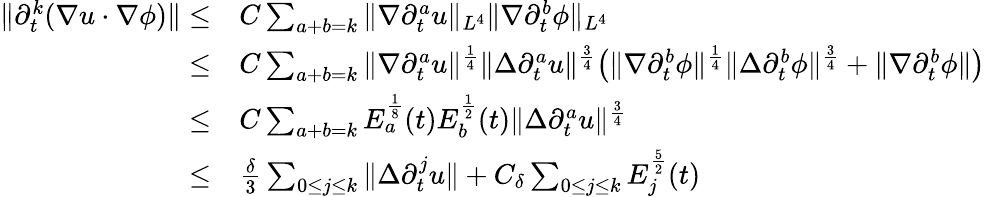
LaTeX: \begin{array}{rl}{\| \partial_{t}^{k}(\nabla u\cdot\nabla\phi)\| \leq}&{C\sum_{a+b=k}\| \nabla\partial_{t}^{a}u\| _{L^{4}}\| \nabla\partial_{t}^{b}\phi\| _{L^{4}}}\\ {\leq}&{C\sum_{a+b=k}\| \nabla\partial_{t}^{a}u\| ^{\frac{1}{4}}\| \Delta\partial_{t}^{a}u\| ^{\frac{3}{4}}\big(\| \nabla\partial_{t}^{b}\phi\| ^{\frac{1}{4}}\| \Delta\partial_{t}^{b}\phi\| ^{\frac{3}{4}}+\| \nabla\partial_{t}^{b}\phi\| \big)}\\ {\leq}&{C\sum_{a+b=k}E_{a}^{\frac{1}{8}}(t)E_{b}^{\frac{1}{2}}(t)\| \Delta\partial_{t}^{a}u\| ^{\frac{3}{4}}}\\ {\leq}&{\frac{\delta}{3}\sum_{0\leq j\leq k}\| \Delta\partial_{t}^{j}u\| +C_{\delta}\sum_{0\leq j\leq k}E_{j}^{\frac{5}{2}}(t)}\end{array}